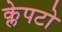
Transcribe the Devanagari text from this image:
क्लेपटो